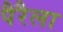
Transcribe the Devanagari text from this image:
पैरैला